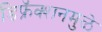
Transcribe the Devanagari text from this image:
डिफ्रॅक्शनमुळे